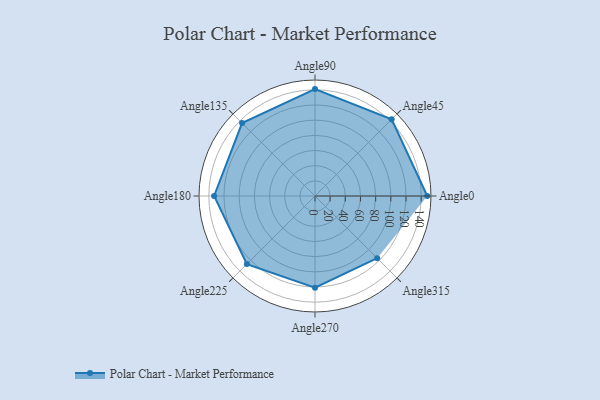
{"axis": {"x": "Angle", "y": "Radius"}, "legend": [""], "data": [{"x": "Angle0", "y": 148.0, "type": ""}, {"x": "Angle45", "y": 143.0, "type": ""}, {"x": "Angle90", "y": 141.0, "type": ""}, {"x": "Angle135", "y": 136.0, "type": ""}, {"x": "Angle180", "y": 133.0, "type": ""}, {"x": "Angle225", "y": 127.0, "type": ""}, {"x": "Angle270", "y": 121.0, "type": ""}, {"x": "Angle315", "y": 116.0, "type": ""}]}